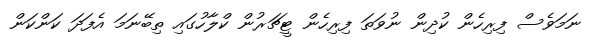
ނަމަވެސް ފިރިހެން ކުދިން ނުވަތަ ފިރިހެން ޓީޗަރުން ކްލާހުގައި ތިބޭނަމަ އެފަދަ ކަންކަން